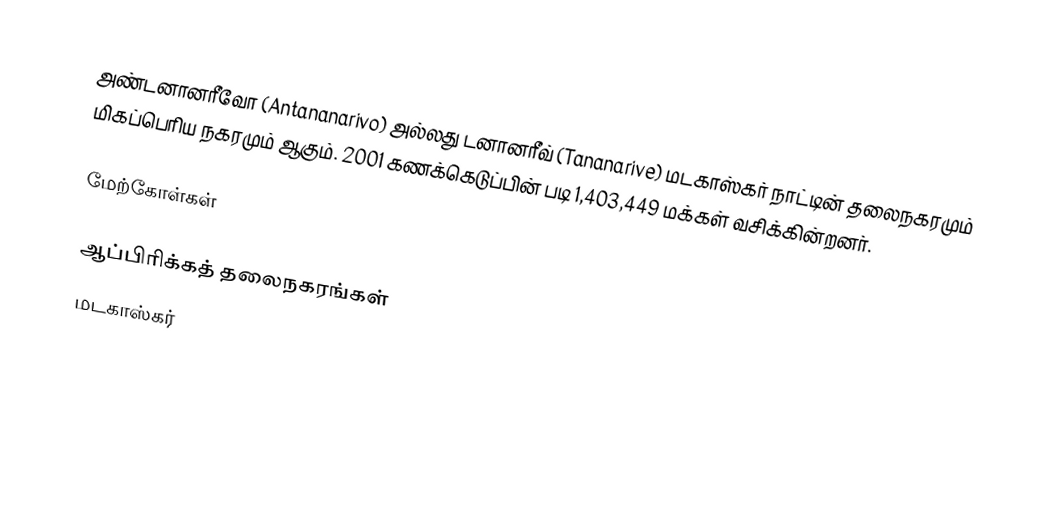
அண்டனானரீவோ (Antananarivo) அல்லது டனானரீவ் (Tananarive) மடகாஸ்கர் நாட்டின் தலைநகரமும் மிகப்பெரிய நகரமும் ஆகும். 2001 கணக்கெடுப்பின் படி 1,403,449 மக்கள் வசிக்கின்றனர்.

மேற்கோள்கள்

ஆப்பிரிக்கத் தலைநகரங்கள்
மடகாஸ்கர்